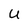
Character: U